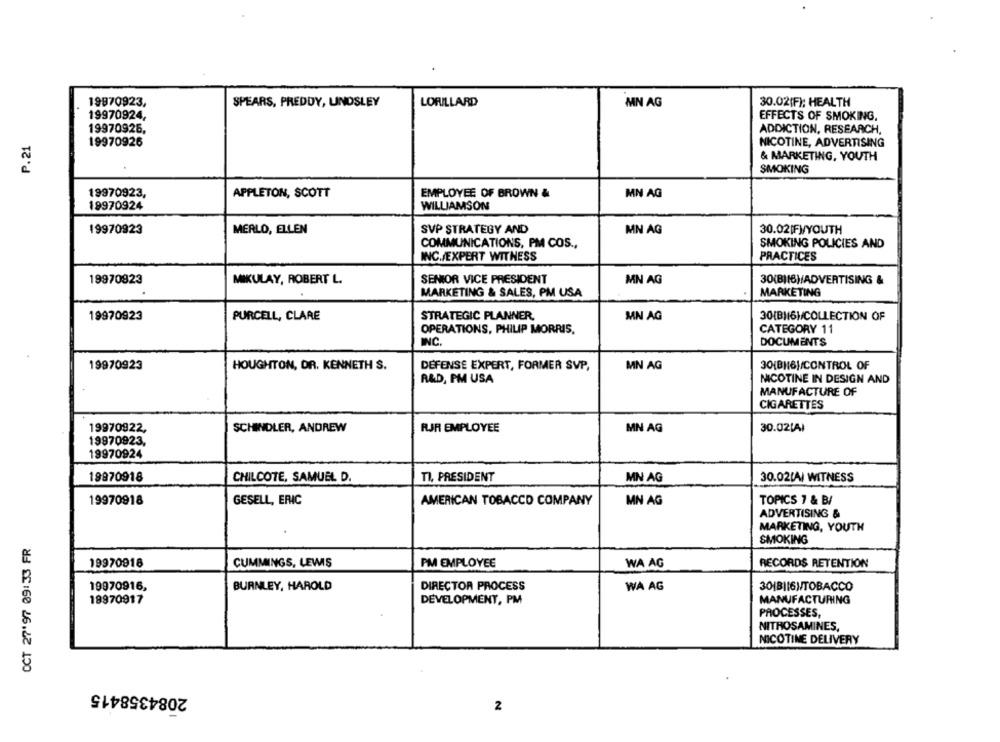
19970923,
SPEARS, PREDDY, UNDSLEY
LORILLARD
MN AG
30.02(F); HEALTH
19970924,
EFFECTS OF SMOKING.
19970926,
ADDICTION, RESEARCH,
P.21
19970926
NICOTINE, ADVERTISING
& MARKETING, YOUTH
SMOKING
19970923,
APPLETON, SCOTT
EMPLOYEE OF BROWN &
MN AG
19970924
WILLIAMSON
19970923
MERLO, ELLEN
SVP STRATEGY AND
MN AG
30.02|F)/YOUTH
COMMUNICATIONS, PM COS .,
SMOKING POLICIES AND
INC./EXPERT WITNESS
PRACTICES
19970823
MIKULAY, ROBERT L.
SENIOR VICE PRESIDENT
MN AG
30(B)(B)/ADVERTISING &
MARKETING & SALES, PM USA
MARKETING
19970923
PURCELL, CLARE
STRATEGIC PLANNER,
MN AG
30(B)/6H/COLLECTION OF
OPERATIONS, PHILIP MORRIS,
CATEGORY 11
INC.
DOCUMENTS
19970923
HOUGHTON, DR. KENNETH S.
DEFENSE EXPERT, FORMER SVP,
MN AG
301BN6)/CONTROL OF
R&D, PM USA
NICOTINE IN DESIGN AND
MANUFACTURE OF
CIGARETTES
19970922,
SCHINDLER, ANDREW
RJR EMPLOYEE
MN AG
30.02[A)
19970923,
19970924
19970918
CHILCOTE, SAMUEL D.
TI, PRESIDENT
MN AG
30.02[A/ WITNESS
19970918
GESELL, ERIC
AMERICAN TOBACCO COMPANY
MN AG
TOPICS 7 & B/
ADVERTISING &
MARKETING, YOUTH
OCT 27'97 09:33 FR
SMOKING
19970918
CUMMINGS, LEWIS
PM EMPLOYEE
WA AG
RECORDS RETENTION
19970916,
BURNLEY, HAROLD
DIRECTOR PROCESS
WA AG
30|B||6)/TOBACCO
19970917
DEVELOPMENT, PM
MANUFACTURING
PROCESSES,
NITROSAMINES,
NICOTINE DELIVERY
2084358415
2